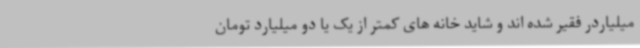
میلیاردر فقیر شده اند و شاید خانه های کمتر از یک یا دو میلیارد تومان